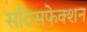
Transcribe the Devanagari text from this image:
सटिसफेक्शन